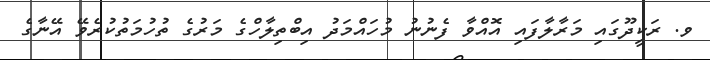
ވ. ރަކީދޫގައި މަރާލާފައި އޮއްވާ ފެނުނު މުހައްމަދު އިބްތިލާހްގެ މަރުގެ ތުހުމަތުކުރެވޭ އޭނާގެ